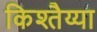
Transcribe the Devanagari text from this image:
किश्तैय्या